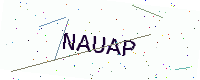
Text: NAUAP